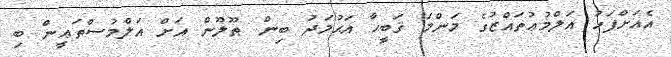
އެއަށްފަހު އަލްމުޢުތައްޒުގެ މަންމަ ޤަބީޙާ އަޙުމަދު ބިން ޠޫލޫން އަށް އަލްމުސްތަޢީން ބި